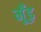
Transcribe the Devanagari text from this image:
मूँड़